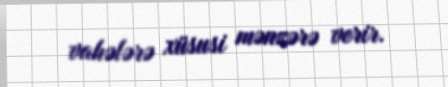
vahələrə xüsusi mənzərə verir.